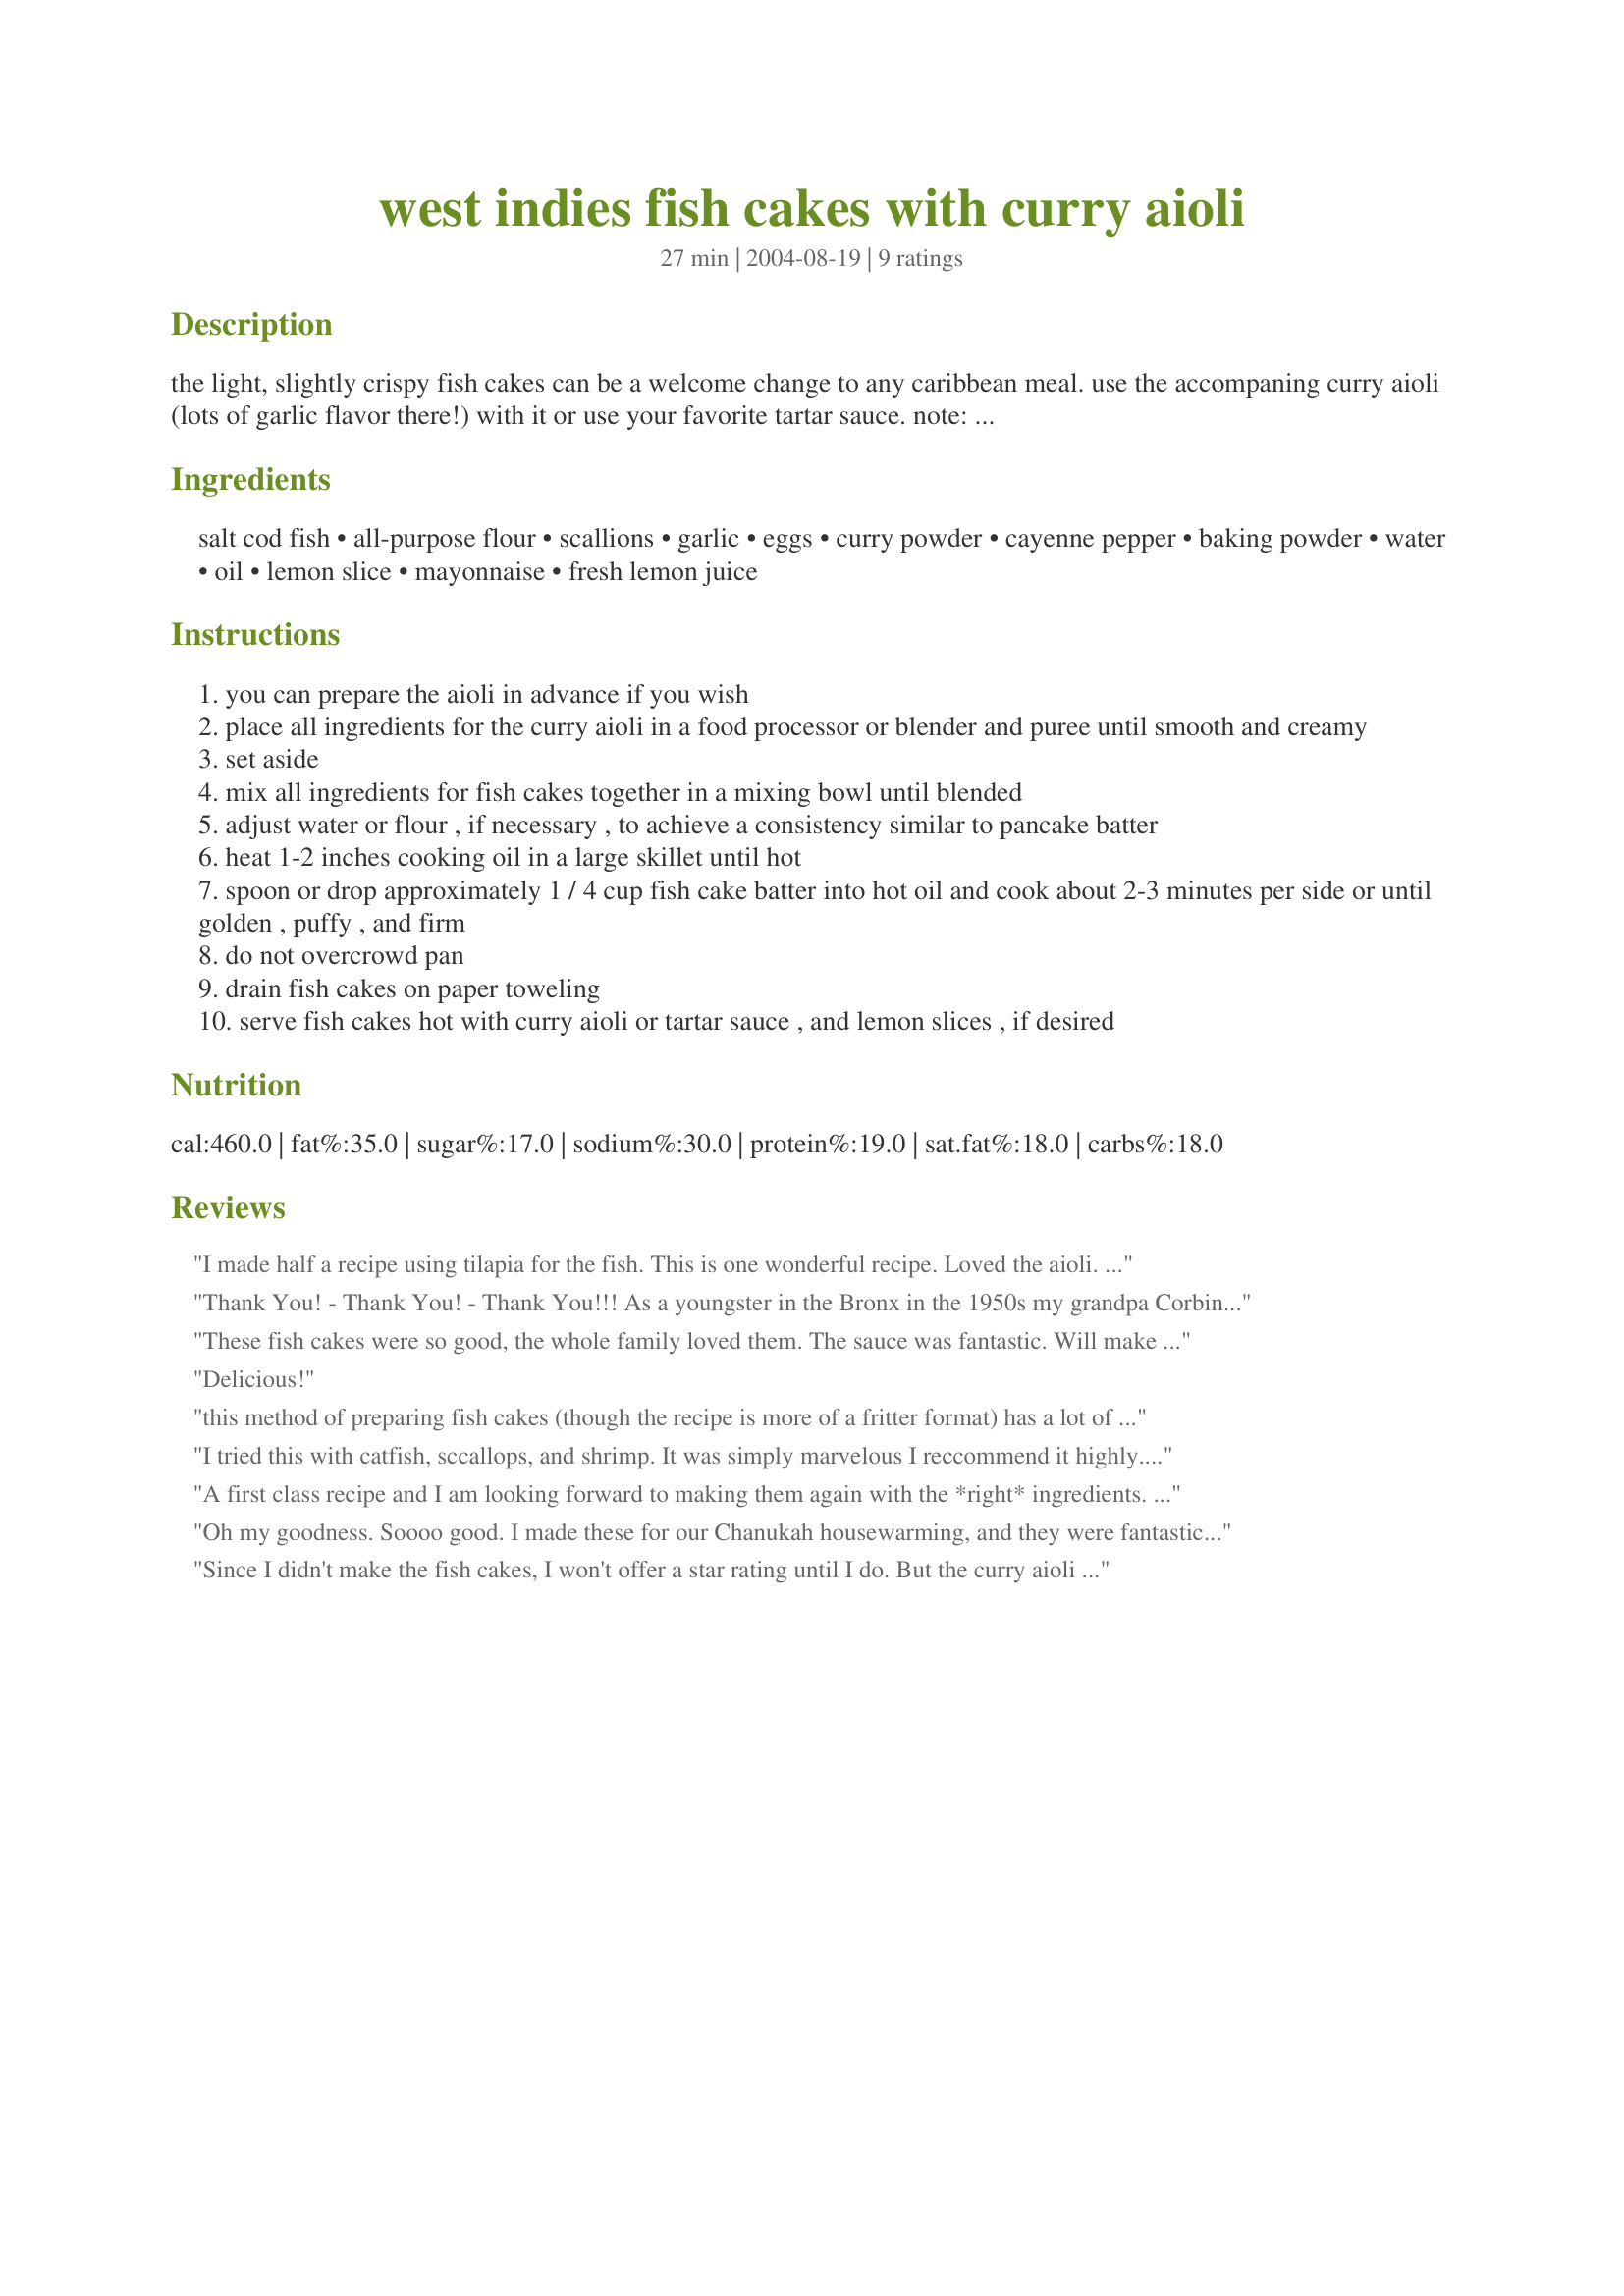
west indies fish cakes with curry aioli
Preparation time: 27 minutes

the light, slightly crispy fish cakes can be a welcome change to any caribbean meal. use the accompaning curry aioli (lots of garlic flavor there!) with it or use your favorite tartar sauce. note: if using salt cod, you will have to soak that for several days in water, changing out the water about every 6 hours until the saltiness goes away (refrigerated). then you will need to remove any bones, skin and cartilage if they are present, before boiling and flaking your fish. enjoy!

Ingredients:
salt cod fish, all-purpose flour, scallions, garlic, eggs, curry powder, cayenne pepper, baking powder, water, oil, lemon slice, mayonnaise, fresh lemon juice

Steps:
you can prepare the aioli in advance if you wish
place all ingredients for the curry aioli in a food processor or blender and puree until smooth and creamy
set aside
mix all ingredients for fish cakes together in a mixing bowl until blended
adjust water or flour , if necessary , to achieve a consistency similar to pancake batter
heat 1-2 inches cooking oil in a large skillet until hot
spoon or drop approximately 1 / 4 cup fish cake batter into hot oil and cook about 2-3 minutes per side or until golden , puffy , and firm
do not overcrowd pan
drain fish cakes on paper toweling
serve fish cakes hot with curry aioli or tartar sauce , and lemon slices , if desired

Reviews:
I made half a recipe using tilapia for the fish. This is one wonderful recipe. Loved the aioli. I wasn't sure what Jamaican Curry powder was so made some fresh. <br/>2 T. coriander seeds<br/>1 T. cumin seeds<br/>1 T. mustard seeds<br/>1 T. anise seeds<br/>1/2 T. fenugreek seeds<br/>1/2 T. allspice berries<br/>1/2 T. black peppercorns<br/>2 1/2 T. turmeric, ground<br/>Dry roast all but turmeric for 10 min. Cool and then grind in mini blender.
Thank You! - Thank You! - Thank You!!! As a youngster in the Bronx in the 1950s my grandpa Corbin made dried codfish cakes which I loved, but haven't been able to duplicate until now! I don't think he used curry powder, but he did put in crushed red pepper - which is what I had on hand and used. They are perfect - just like I remember them! Thanks for the wonderful recipe! Fived Stars for the recipe and another Five for bringing back wonderful memories!!
These fish cakes were so good, the whole family loved them. The sauce was fantastic. Will make these often.
Delicious!
this method of preparing fish cakes (though the recipe is more of a fritter format) has a lot of potential for me, but i found it lacking in flavor (like a previous reviewer noted). this, even though i used 5 scallions, 6 garlic cloves and 1.5t curry powder. next time i might try to infuse more flavor with the addition of lemon, parsley or bell peppers, even if it is not quite as authentic. i really liked the texture in this and it's a nice variation on the ususal method of preparing fish cakes with potatoes.
I tried this with catfish, sccallops, and shrimp. It was simply marvelous I reccommend it highly. The format can be used with many of your favorite foods.
A first class recipe and I am looking forward to making them again with the *right* ingredients. True to form I did not have all the stuff I needed so I improvised. First off I had left over Dover sole so I used that. Then I had no cayenne pepper so I compensated with a little bit more curry powder and a smidge of chil powder. Of course I had no scallions so substituted dried onion flakes (I need to go to the store badly!!). Anyway they were excellent but I am sure they will be even better when I cook them again properly. However it does prove you can mix and match and these still rock!
Oh my goodness. Soooo good. I made these for our Chanukah housewarming, and they were fantastic. In the future though, I'll add just a bit more kick to the batter. Thank you!
Since I didn't make the fish cakes, I won't offer a star rating until I do. But the curry aioli already has FAR more than the 5 star limit. Outstanding flavor and such a simple combination! I will come back to this for repeat making, thank you!
